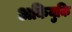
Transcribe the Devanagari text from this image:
अकियुकि